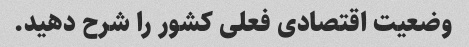
وضعیت اقتصادی فعلی کشور را شرح دهید.